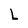
Character: L